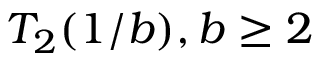
T _ { 2 } ( 1 / b ) , b \geq 2